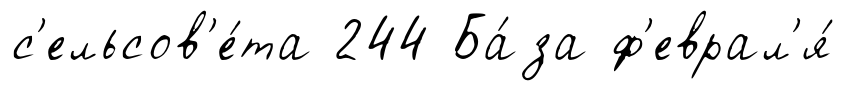
с'ельсов'е́та 244 Ба́за ф'еврал'я́